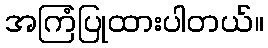
အကြံပြုထားပါတယ်။